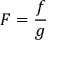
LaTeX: F = { \frac { f } { g } }